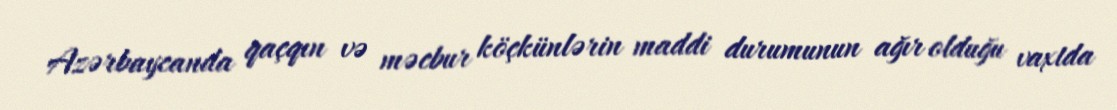
Azərbaycanda qaçqın və məcbur köçkünlərin maddi durumunun ağır olduğu vaxtda